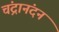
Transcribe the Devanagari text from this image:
चंद्रानंदन